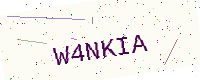
Text: W4NKIA